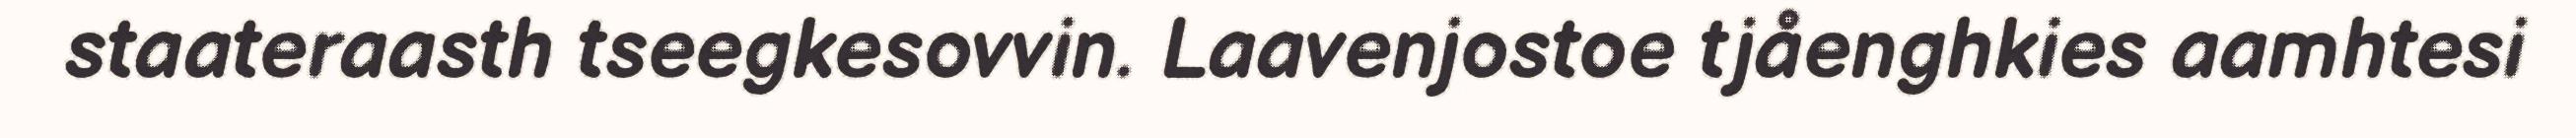
staateraasth tseegkesovvin. Laavenjostoe tjåenghkies aamhtesi